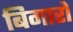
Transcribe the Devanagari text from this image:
बिगारो